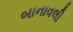
બાનાવલી